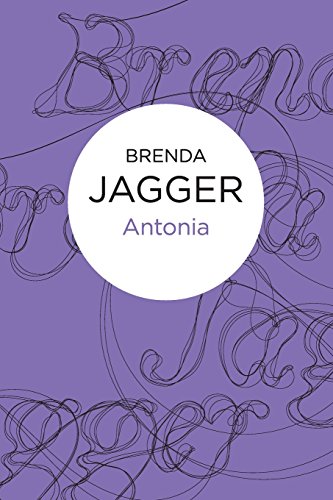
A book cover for Antonia; Brenda Jagger; Romance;